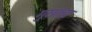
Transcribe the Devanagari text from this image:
गुछांचा